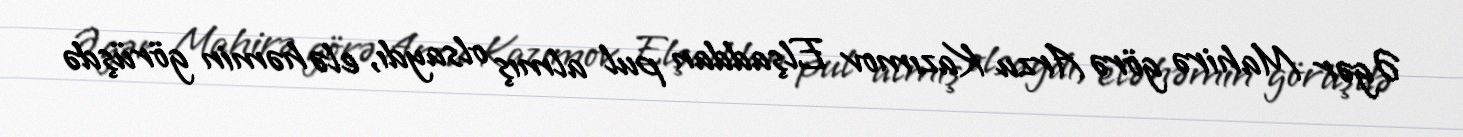
Əgər Mahirə görə Arzu Kazımov Elşaddan pul almış olsaydı, elə həmin görüşdə